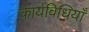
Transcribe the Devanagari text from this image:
कार्यविधियाँ